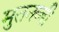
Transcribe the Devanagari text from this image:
मुतनब्बी